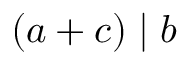
( a + c ) \mid b